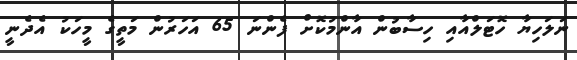
ނަލަހިޔާ ހޮޓަލްއާއި ހިސާބުން އާންމުކޮށް ފެންނަ 65 އަހަރުން މަތީގެ މީހަކު އެދެނީ